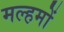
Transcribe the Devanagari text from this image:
मल्हमों